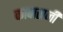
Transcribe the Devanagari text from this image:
कावासजी